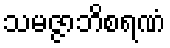
သမဇ္ဇာဘိစရဏံ